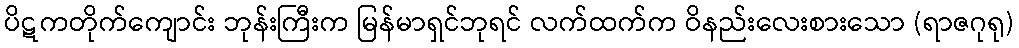
ပိဋကတိုက်ကျောင်း ဘုန်းကြီးက မြန်မာရှင်ဘုရင် လက်ထက်က ဝိနည်းလေးစားသော (ရာဇဂုရု)